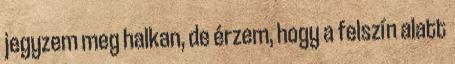
jegyzem meg halkan, de érzem, hogy a felszín alatt